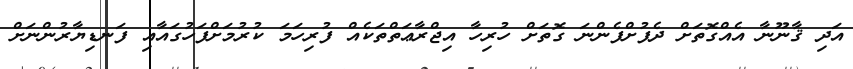
އަދި ޤާނޫނާ އެއްގޮތަށް ދެފުށްފެންނަ ގޮތަށް ހުރިހާ އިޖްރާޢަތްތަކެއް ފުރިހަމަ ކުރުމަށްފަހުގައާއި ފަނޑިޔާރުންނަށް